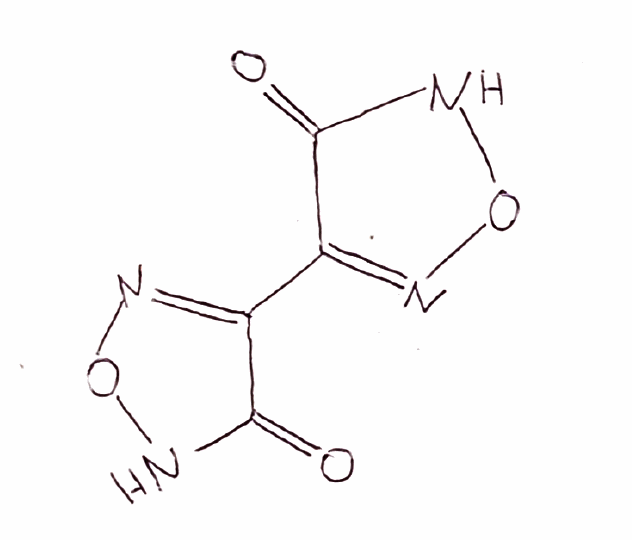
Simplified molecular-input line-entry system (SMILES) notation of the given molecule:
C1(=NONC1=O)C2=NONC2=O